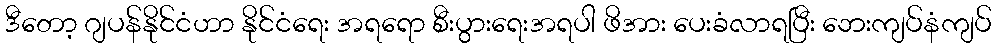
ဒီတော့ ဂျပန်နိုင်ငံဟာ နိုင်ငံရေး အရရော စီးပွားရေးအရပါ ဖိအား ပေးခံလာရပြီး ဘေးကျပ်နံကျပ်